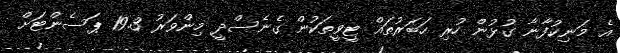
އެ މަނިކުފާނާ ގުޅުން ހުރި ހަބަރުތައް ޓީވީތަކުން ގެނެސްދީ މިންވަރު 19.3 ޕަސެންޓަށް